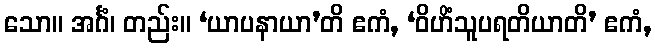
သော။ အင်္ဂံ၊ တည်း။ ‘ယာပနာယာ’တိ ဧကံ, ‘ဝိဟိံသူပရတိယာတိ’ ဧကံ,